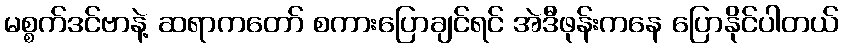
မစ္စက်ဒင်ဗာနဲ့ ဆရာကတော် စကားပြောချင်ရင် အဲဒီဖုန်းကနေ ပြောနိုင်ပါတယ်